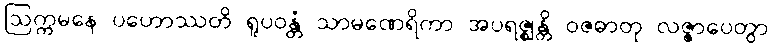
ဩက္ကမနေ ပဟောဿတိ ရူပဝန္တံ သာမဏေရိကာ အပရဇ္ဈန္တိ ဝဇဓာတု လဇ္ဇာပေတွာ